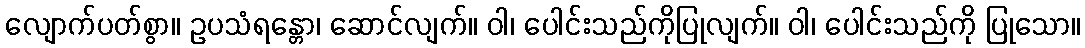
လျောက်ပတ်စွာ။ ဥပသံရန္တော၊ ဆောင်လျက်။ ဝါ၊ ပေါင်းသည်ကိုပြုလျက်။ ဝါ၊ ပေါင်းသည်ကို ပြုသော။